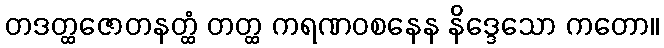
တဒတ္ထဇောတနတ္ထံ တတ္ထ ကရဏဝစနေန နိဒ္ဒေသော ကတော။